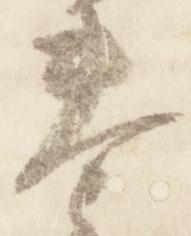
奉